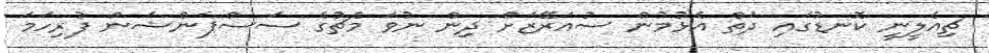
ޗިއެލީނީ ކޮނޑުގައި ދަތް އެޅުމުން ސުއަރޭޒަށް ދިން ނުވަ މެޗުގެ ސަސްޕެންޝަން ފުރިހަމަ